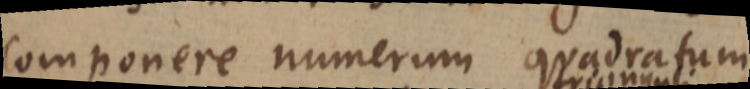
componere numerum quadratum